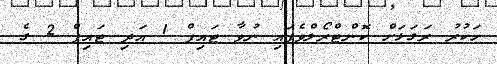
ހަކުރު ރަގަޅަށް ކޮންޓްރޯލްވެފައި ނުވާ ޓައިޕް 1 އަދި ޓައިޕް 2 ގެ